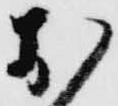
お